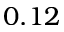
0 . 1 2